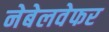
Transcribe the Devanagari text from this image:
नेबेलवेफर